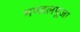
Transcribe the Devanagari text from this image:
मण्डलपूजा